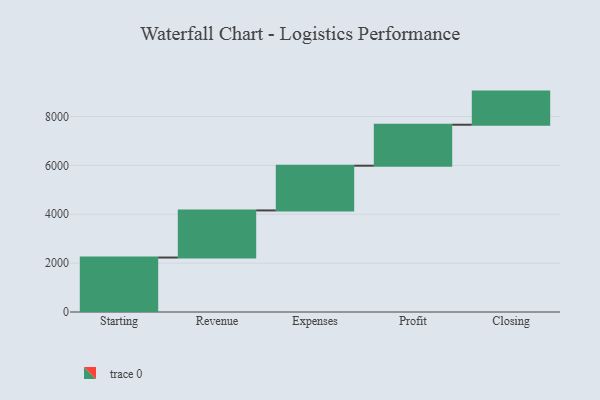
{"axis": {"x": "Step", "y": "Value"}, "legend": [""], "data": [{"x": "Starting", "y": 2229.0, "type": ""}, {"x": "Revenue", "y": 1928.0, "type": ""}, {"x": "Expenses", "y": 1830.0, "type": ""}, {"x": "Profit", "y": 1677.0, "type": ""}, {"x": "Closing", "y": 1356.0, "type": ""}]}